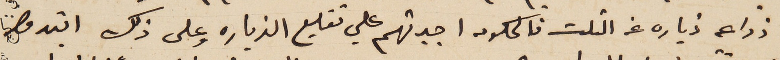
زراعه زياده عن الثلث فالحكومه اجبرتهم علي تقليع الزياده وعلى ذلك ابتدوا